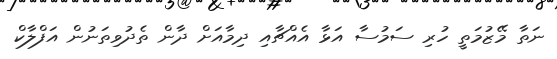
ނަތާ މޭޒުމަތީ ހުރި ސަމުސާ އަޅާ އެއްޗާއި ދިމާއަށް ދާން ތެދުވިތަނުން އަފްލާކް